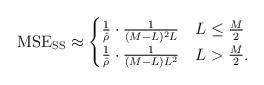
LaTeX: \begin{align*} {\rm MSE_{SS}} \approx \begin{cases} \frac{1}{\hat{\rho}} \cdot \frac{1}{(M-L)^2L} & L \leq \frac{M}{2} \\\frac{1}{\hat{\rho}} \cdot \frac{1}{(M-L)L^2} & L > \frac{M}{2}.\end{cases}\end{align*}